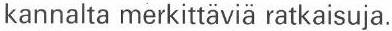
kannalta merkittäviä ratkaisuja.